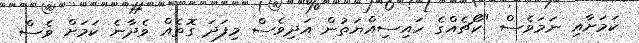
ކަމަށާއި ނަމަވެސް "ކޯޗެއްގެ ހައިސިއްޔަތުން އަދިވެސް މިފަދަ ގޮތެއް ވެދާނެ ކަމަށް ވެސް